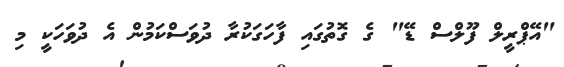
"އޭޕްރީލް ފޫލްސް ޑޭ" ގެ ގޮތުގައި ފާހަގަކުރާ ދުވަސްކަމުން އެ ދުވަހަކީ މި